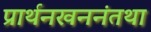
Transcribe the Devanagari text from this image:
प्रार्थनखननंतथा